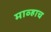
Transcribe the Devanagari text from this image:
माव्हाच